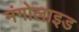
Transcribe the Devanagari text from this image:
मंगोलाइड